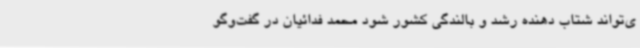
ی‌تواند شتاب دهنده رشد و بالندگی کشور شود محمد فدائیان در گفت‌وگو